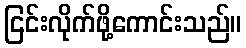
ငြင်းလိုက်ဖို့ကောင်းသည်။